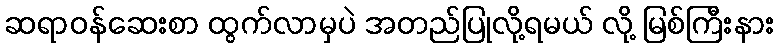
ဆရာဝန်ဆေးစာ ထွက်လာမှပဲ အတည်ပြုလို့ရမယ် လို့ မြစ်ကြီးနား